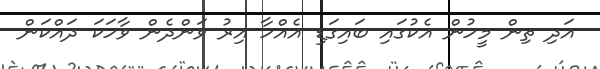
އަދި ތިން މީހުން އެކުގައި ބައިގަޑި އެއްހާ އިރު ވަންދެން ވާހަކަ ދައްކަން